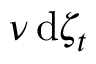
\nu \, \mathrm { d } \zeta _ { t }